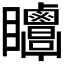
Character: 𥍗